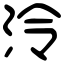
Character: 泠